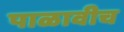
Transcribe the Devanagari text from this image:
पाळावीच